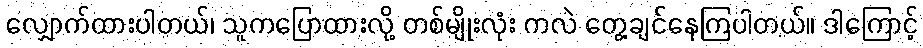
လျှောက်ထားပါတယ်၊ သူကပြောထားလို့ တစ်မျိုးလုံး ကလဲ တွေ့ချင်နေကြပါတယ်။ ဒါကြောင့်